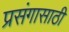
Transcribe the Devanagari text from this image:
प्रसंगासाठी